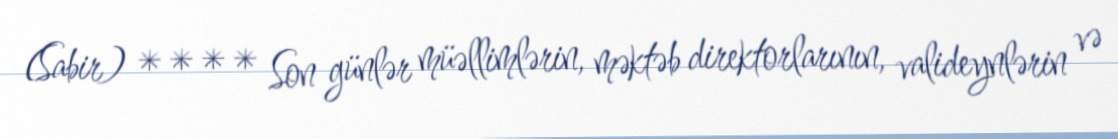
(Sabir) **** Son günlər müəllimlərin, məktəb direktorlarının, valideynlərin və